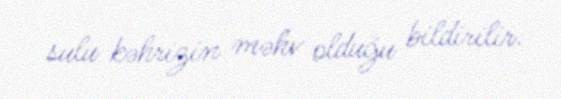
sulu kəhrizin məhv olduğu bildirilir.